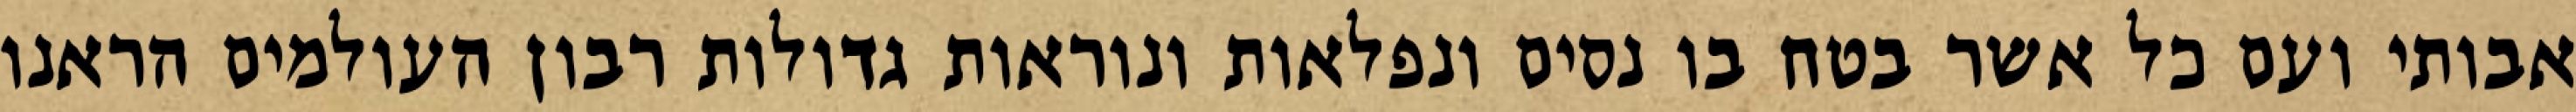
אבותי ועם כל אשר בטח בו נסים ונפלאות ונוראות גדולות רבון העולמים הראנו